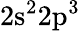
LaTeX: \mathrm{2s^{2}2p^{3}}